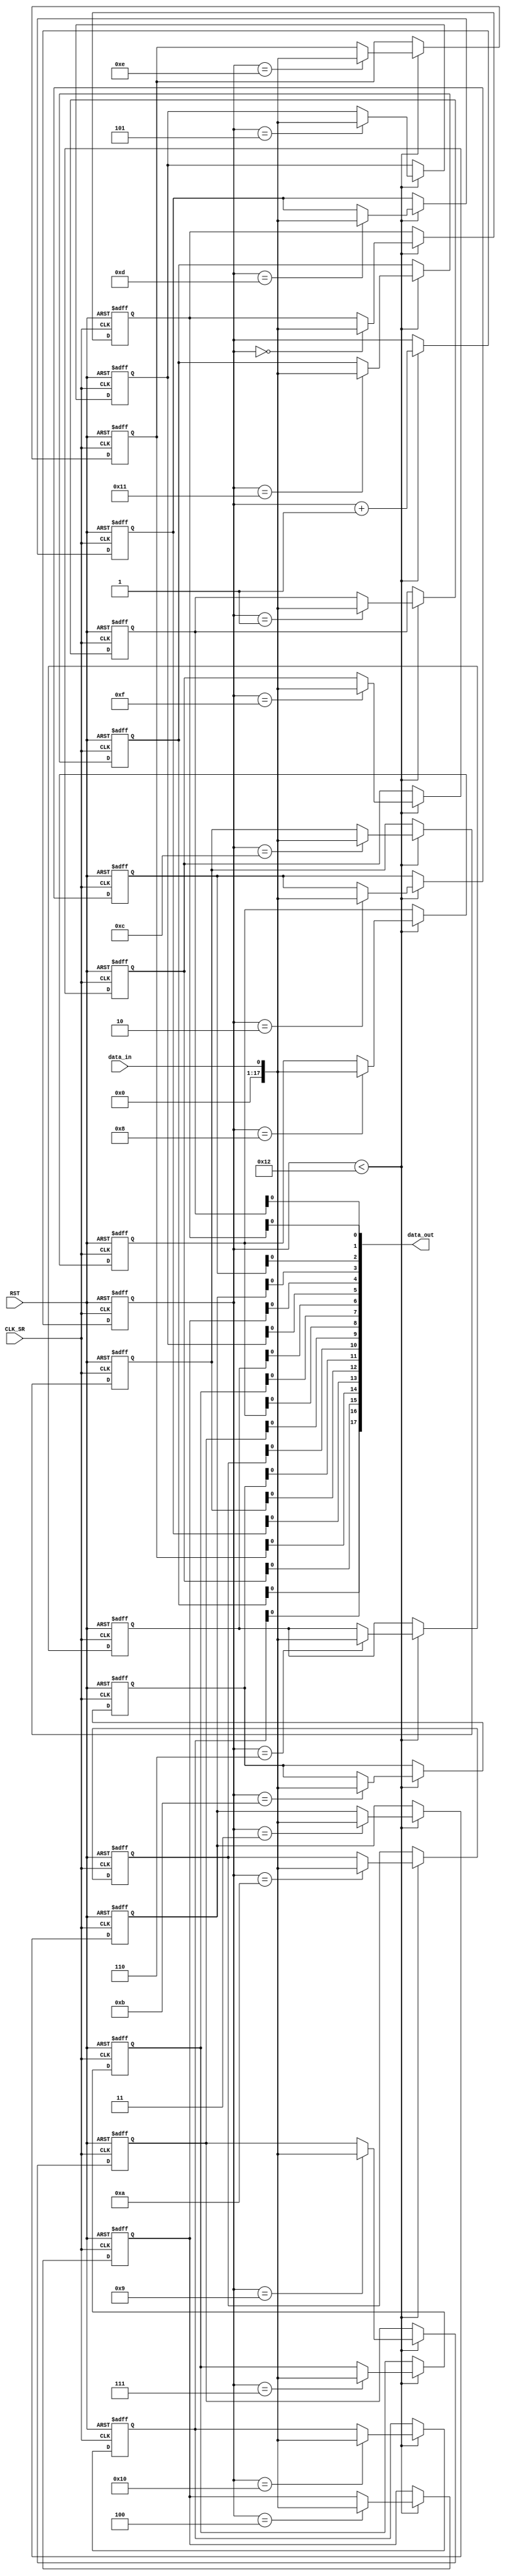
`timescale 1ns / 1ps

module Shift_Register(
  input wire CLK_SR,
  input wire RST,
  input wire data_in,
  output wire [17:0] data_out
);

  reg [17:0] internal_data [0:17];
  reg [4:0] shift_state;
  integer i;
  
  always @(posedge CLK_SR or posedge RST) begin
    if (RST) begin
      // Reiniciar todas las variables internas a 0 cuando se activa el reset
      for (i = 0; i < 5'd18; i = i + 1) begin
        internal_data[i] <= 0;
      end
      shift_state <= 0;
    end else 
        if (shift_state < 5'd18) begin
          // Almacenar el valor de entrada en la variable interna correspondiente
          internal_data[shift_state] <= data_in;
          // Cambiar al siguiente estado del registro
          shift_state <= shift_state + 1;
        end
end
assign data_out[0] = internal_data[0]; // dt[0]
assign data_out[1] = internal_data[1]; // dt[1]
assign data_out[2] = internal_data[2]; // dt[2]
assign data_out[3] = internal_data[3]; // dt[3] 
assign data_out[4] = internal_data[4]; // dt[4] 
assign data_out[5] = internal_data[5]; // SELECTOR_SIGNAL_GENERATOR_1[0]
assign data_out[6] = internal_data[6]; // SELECTOR_SIGNAL_GENERATOR_1[1]
assign data_out[7] = internal_data[7]; // SELECTOR_SIGNAL_GENERATOR_2[0]
assign data_out[8] = internal_data[8]; // SELECTOR_SIGNAL_GENERATOR_2[1]
assign data_out[9] = internal_data[9]; // OUTPUT_SELECTOR_EXTERNAL[0]
assign data_out[10] = internal_data[10]; // OUTPUT_SELECTOR_EXTERNAL[1]
assign data_out[11] = internal_data[11]; // OUTPUT_SELECTOR_EXTERNAL[2]
assign data_out[12] = internal_data[12]; // OUTPUT_SELECTOR_EXTERNAL[3]
assign data_out[13] = internal_data[13]; // INPUT_SELECTOR
assign data_out[14] = internal_data[14]; // CLK_SELECTOR
assign data_out[15] = internal_data[15]; // PS_SELECTOR
assign data_out[16] = internal_data[16]; // PS3_SELECTOR
assign data_out[17] = internal_data[17]; // ENABLE_OUTPUT
 


endmodule